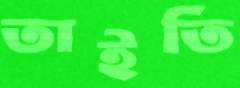
তাইতি